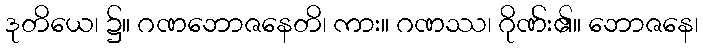
ဒုတိယေ၊ ၌။ ဂဏဘောဇနေတိ၊ ကား။ ဂဏဿ၊ ဂိုဏ်း၏။ ဘောဇနေ၊